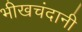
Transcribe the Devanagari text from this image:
भीखचंदानी